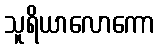
သူရိယာလောကော